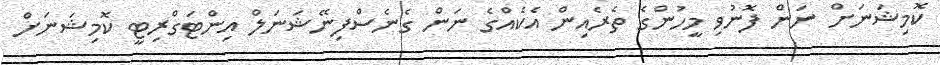
ކޮމިޝަނަށް ނަން ފޮނުވި މީހުންގެ ތެރެއިން އެކެއްގެ ނަން ގެނެސްފިނޭޝަނަލް އިންޓަގްރިޓީ ކޮމިޝަނަށް